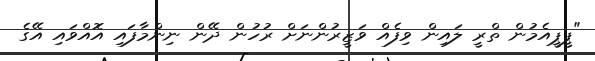
"ޕީޕީއެމުން ތްރީ ލައިން ވިފެއް ވަޒީރުންނަށް ރުހުން ދޭން ނިންމާފައި އޮއްވައި އޭގެ